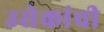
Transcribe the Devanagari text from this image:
उसेकांची